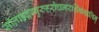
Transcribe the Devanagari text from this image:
सीताहृदम्बुरुहरोचनरश्मिमालिन्